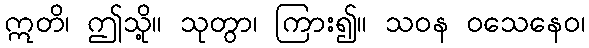
ဣတိ၊ ဤသို့။ သုတွာ၊ ကြား၍။ သဝန ဝသေနေဝ၊